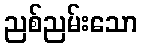
ညစ်ညမ်းသော